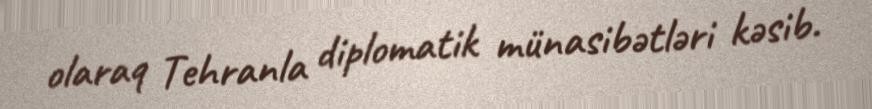
olaraq Tehranla diplomatik münasibətləri kəsib.